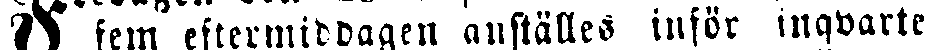
# fem eftermiddagen anställes inför inqvarte.